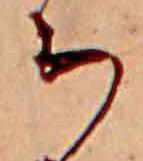
ち